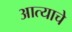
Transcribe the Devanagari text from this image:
आत्याचे